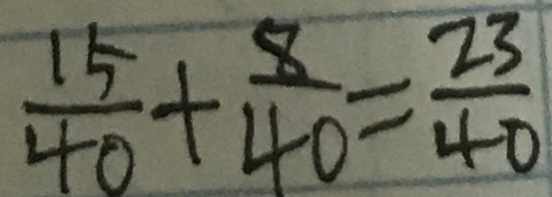
\frac { 1 5 } { 4 0 } + \frac { 8 } { 4 0 } = \frac { 2 3 } { 4 0 }